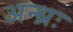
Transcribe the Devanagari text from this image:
अन्ध्रः